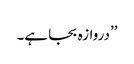
’’دروازہ بجا ہے۔